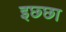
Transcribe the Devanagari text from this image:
इछ्छा